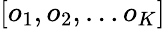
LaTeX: [o_{1},o_{2},\ldots o_{K}]